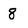
Character: 8